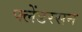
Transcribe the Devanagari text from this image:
फ्लेंडरसन